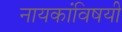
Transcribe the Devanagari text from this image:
नायकांविषयी